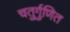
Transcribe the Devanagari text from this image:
चतुर्गुणित